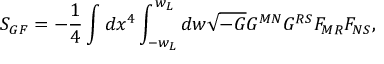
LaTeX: S _ { G F } = - \frac { 1 } { 4 } \int d x ^ { 4 } \int _ { - w _ { L } } ^ { w _ { L } } d w \sqrt { - G } G ^ { M N } G ^ { R S } F _ { M R } F _ { N S } ,